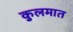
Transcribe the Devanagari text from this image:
कुलमात